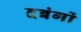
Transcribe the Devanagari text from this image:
दबंगों